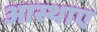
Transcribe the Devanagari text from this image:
आस्थाए